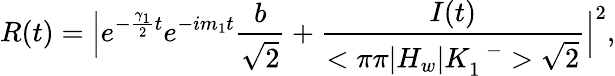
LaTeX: R(t)=\Big|e^{-{\frac{\gamma_{1}}{2}}t}e^{-im_{1}t}{\frac{b}{\sqrt{2}}}+{\frac{I(t)}{<\pi\pi|H_{w}|K_{1}^{\enspace-}>\sqrt{2}}}\Big|^{2},